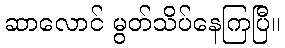
ဆာလောင် မွတ်သိပ်နေကြပြီ။